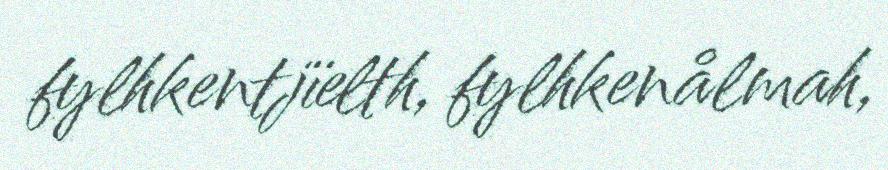
fylhkentjïelth, fylhkenålmah,